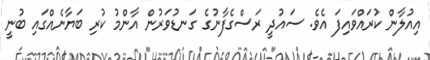
އިއުލާން ކުރައްވައިފަ އެވެ. ސައުދީ ރަސްގެފާނުގެ ގަނޑުވަރުން އާންމު ކުރި ބަޔާނެއްގައި ބުނީ